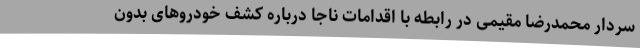
سردار محمدرضا مقیمی در رابطه با اقدامات ناجا درباره کشف خودروهای بدون